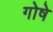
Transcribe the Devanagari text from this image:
गोषे